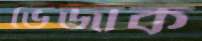
ভেজাক